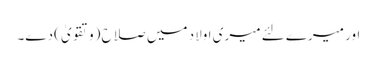
اور میرے لئے میری اولاد میں صلاح (وتقویٰ) دے۔